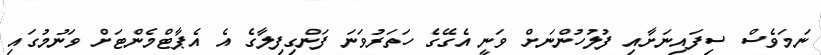
ނަމަވެސް ސިފައިނަށާއި ފުލުހުންނަށް ވަނީ އެގޭގެ ހަތަރުވަނަ ފަންގިފިލާގެ އެ އެޕާޓްމެންޓަށް ވަނުމުގައި